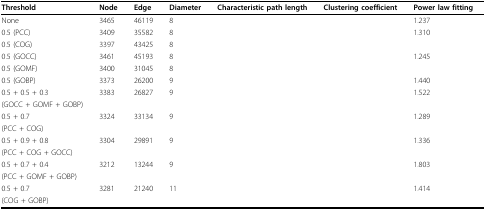
<table><thead><tr><td><b>Threshold</b></td><td><b>Node</b></td><td><b>Edge</b></td><td><b>Diameter</b></td><td><b>Characteristic path length</b></td><td><b>Clustering coefficient</b></td><td><b>Power law fitting</b></td></tr></thead><tbody><tr><td>None</td><td>3465</td><td>46119</td><td>8</td><td>[EMPTY_CELL]</td><td>[EMPTY_CELL]</td><td>1.237</td></tr><tr><td>0.5 (PCC)</td><td>3409</td><td>35582</td><td>8</td><td>[EMPTY_CELL]</td><td>[EMPTY_CELL]</td><td>1.310</td></tr><tr><td>0.5 (COG)</td><td>3397</td><td>43425</td><td>8</td><td>[EMPTY_CELL]</td><td>[EMPTY_CELL]</td><td>[EMPTY_CELL]</td></tr><tr><td>0.5 (GOCC)</td><td>3461</td><td>45193</td><td>8</td><td>[EMPTY_CELL]</td><td>[EMPTY_CELL]</td><td>1.245</td></tr><tr><td>0.5 (GOMF)</td><td>3400</td><td>31045</td><td>8</td><td>[EMPTY_CELL]</td><td>[EMPTY_CELL]</td><td>[EMPTY_CELL]</td></tr><tr><td>0.5 (GOBP)</td><td>3373</td><td>26200</td><td>9</td><td>[EMPTY_CELL]</td><td>[EMPTY_CELL]</td><td>1.440</td></tr><tr><td>0.5 + 0.5 + 0.3</td><td>3383</td><td>26827</td><td>9</td><td>[EMPTY_CELL]</td><td>[EMPTY_CELL]</td><td>1.522</td></tr><tr><td>(GOCC + GOMF + GOBP)</td><td>[EMPTY_CELL]</td><td>[EMPTY_CELL]</td><td>[EMPTY_CELL]</td><td>[EMPTY_CELL]</td><td>[EMPTY_CELL]</td><td>[EMPTY_CELL]</td></tr><tr><td>0.5 + 0.7</td><td>3324</td><td>33134</td><td>9</td><td>[EMPTY_CELL]</td><td>[EMPTY_CELL]</td><td>1.289</td></tr><tr><td>(PCC + COG)</td><td>[EMPTY_CELL]</td><td>[EMPTY_CELL]</td><td>[EMPTY_CELL]</td><td>[EMPTY_CELL]</td><td>[EMPTY_CELL]</td><td>[EMPTY_CELL]</td></tr><tr><td>0.5 + 0.9 + 0.8</td><td>3304</td><td>29891</td><td>9</td><td>[EMPTY_CELL]</td><td>[EMPTY_CELL]</td><td>1.336</td></tr><tr><td>(PCC + COG + GOCC)</td><td>[EMPTY_CELL]</td><td>[EMPTY_CELL]</td><td>[EMPTY_CELL]</td><td>[EMPTY_CELL]</td><td>[EMPTY_CELL]</td><td>[EMPTY_CELL]</td></tr><tr><td>0.5 + 0.7 + 0.4</td><td>3212</td><td>13244</td><td>9</td><td>[EMPTY_CELL]</td><td>[EMPTY_CELL]</td><td>1.803</td></tr><tr><td>(PCC + GOMF + GOBP)</td><td>[EMPTY_CELL]</td><td>[EMPTY_CELL]</td><td>[EMPTY_CELL]</td><td>[EMPTY_CELL]</td><td>[EMPTY_CELL]</td><td>[EMPTY_CELL]</td></tr><tr><td>0.5 + 0.7</td><td>3281</td><td>21240</td><td>11</td><td>[EMPTY_CELL]</td><td>[EMPTY_CELL]</td><td>1.414</td></tr><tr><td>(COG + GOBP)</td><td>[EMPTY_CELL]</td><td>[EMPTY_CELL]</td><td>[EMPTY_CELL]</td><td>[EMPTY_CELL]</td><td>[EMPTY_CELL]</td><td>[EMPTY_CELL]</td></tr></tbody></table>